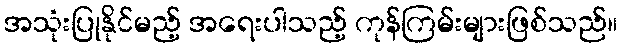
အသုံးပြုနိုင်မည့် အရေးပါသည့် ကုန်ကြမ်းများဖြစ်သည်။